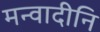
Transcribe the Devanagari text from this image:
मन्वादीनि